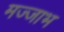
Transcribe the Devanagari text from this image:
मज्जाभ